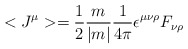
\begin{align*}<J^\mu>=\frac{1}{2}\frac{m}{|m|}\frac{1}{4\pi}\epsilon^{\mu\nu\rho}F_{\nu\rho}\end{align*}